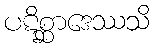
ပဋိစ္ဆာဒေဿသိ